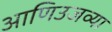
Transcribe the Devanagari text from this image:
आणिउजव्या